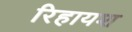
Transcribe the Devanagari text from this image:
रिहायश